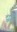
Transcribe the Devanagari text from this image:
द्वंद्वात